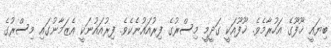
ބިޔައީ ޚޫފޫގެ އަހުރާމެވެ. ޚޫފޫއަކީ ގަދީމީ މިސްރުގެ ފިރުއައުނެކެވެ. ފިރުއައުނަކީ އެޒަމާނުގައި މިސްރުގެ